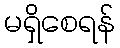
မရှိစေရန်